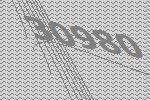
30980